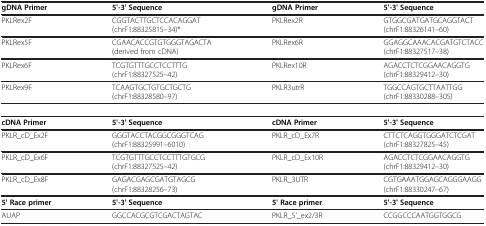
<table><thead><tr><td><b>gDNA Primer</b></td><td><b>5&#x27;-3&#x27; Sequence</b></td><td><b>gDNA Primer</b></td><td><b>5&#x27;-3&#x27; Sequence</b></td></tr></thead><tbody><tr><td>PKLRex2F</td><td>CGGTACTTGCTCCACAGGAT (chrF1:88325815–34)*</td><td>PKLRex2R</td><td>GTGGCGATGATGCAGGTACT (chrF1:88326141–60)</td></tr><tr><td>PKLRex5F</td><td>CGAACACCGTGTGGGTAGACTA (derived from cDNA)</td><td>PKLRex6R</td><td>GGAGGCAAACACGATGTCTACC (chrF1:88327517–38)</td></tr><tr><td>PKLRex6F</td><td>TCGTGTTTGCCTCCTTTG (chrF1:88327525–42)</td><td>PKLRex10R</td><td>AGACCTCTCGGAACAGGTG (chrF1:88329412–30)</td></tr><tr><td>PKLRex9F</td><td>TCAAGTGCTGTGCTGCTG (chrF1:88328580–97)</td><td>PKLR3utrR</td><td>TGGCCAGTGCTTAATTGG (chrF1:88330288–305)</td></tr><tr><td><b>cDNA Primer</b></td><td><b>5&#x27;-3&#x27; Sequence</b></td><td><b>cDNA Primer</b></td><td><b>5&#x27;-3&#x27; Sequence</b></td></tr><tr><td>PKLR_cD_Ex2F</td><td>GGGTACCTACGGCGGGTCAG (chrF1:88325991–6010)</td><td>PKLR_cD_Ex7R</td><td>CTTCTCAGGTGGGATCTCGAT (chrF1:88327825–45)</td></tr><tr><td>PKLR_cD_Ex6F</td><td>TCGTGTTTGCCTCCTTTGTGCG (chrF1:88327525–42)</td><td>PKLR_cD_Ex10R</td><td>AGACCTCTCGGAACAGGTG (chrF1:88329412–30)</td></tr><tr><td>PKLR_cD_Ex8F</td><td>GAGACGAGCGATGTAGCG (chrF1:88328256–73)</td><td>PKLR_3UTR</td><td>CGTGAAATGGAGCAGGGAAGG (chrF1:88330247–67)</td></tr><tr><td><b>5&#x27; Race primer</b></td><td><b>5&#x27;-3&#x27; Sequence</b></td><td><b>5&#x27; Race primer</b></td><td><b>5&#x27;-3&#x27; Sequence</b></td></tr><tr><td>AUAP</td><td>GGCCACGCGTCGACTAGTAC</td><td>PKLR_5&#x27;_ex2/3R</td><td>CCGGCCCAATGGTGGCG</td></tr></tbody></table>